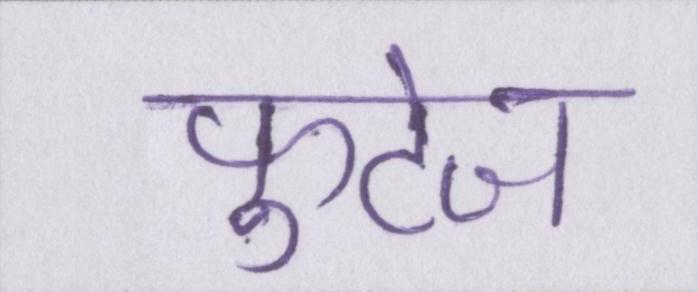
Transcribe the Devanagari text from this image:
फुटेज